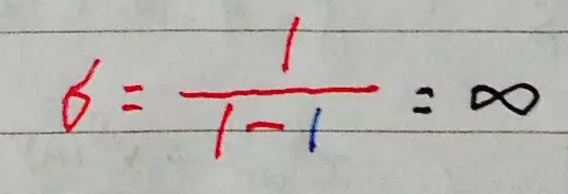
\[
\delta=\frac{1}{1 - 1}=\infty
\]